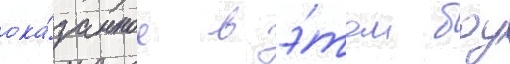
ока́занное в э́том боу